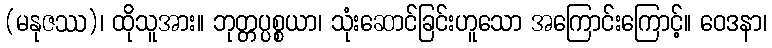
(မနုဇဿ)၊ ထိုသူအား။ ဘုတ္တပ္ပစ္စယာ၊ သုံးဆောင်ခြင်းဟူသော အကြောင်းကြောင့်။ ဝေဒနာ၊